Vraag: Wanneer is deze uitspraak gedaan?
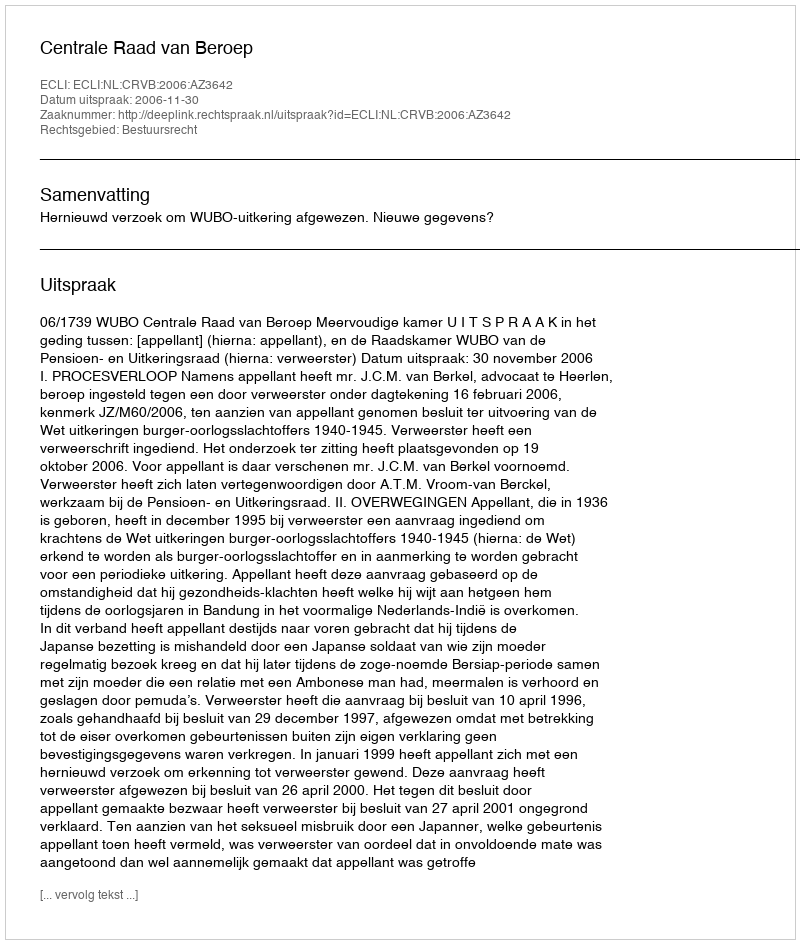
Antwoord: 2006-11-30